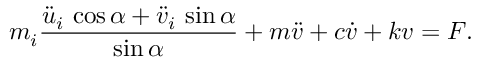
m _ { i } \frac { { \ddot { u } _ { i } } \, \cos { \alpha } + { \ddot { v } _ { i } } \, \sin { \alpha } } { \sin { \alpha } } + m \ddot { v } + c \dot { v } + k v = F .